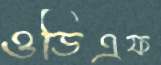
ওডিএফ